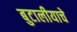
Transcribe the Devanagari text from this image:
बुटालीयाचे